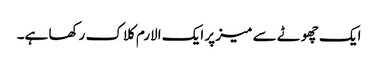
ایک چھوٹے سے میز پر ایک الارم کلاک رکھا ہے۔